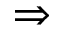
\Rightarrow